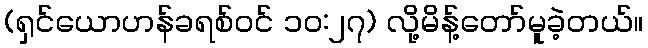
(ရှင်ယောဟန်ခရစ်ဝင် ၁၀:၂၇) လို့မိန့်တော်မူခဲ့တယ်။